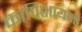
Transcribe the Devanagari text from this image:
कापिशायनी